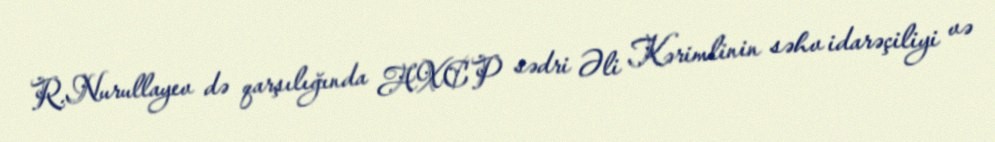
R.Nurullayev də qarşılığında AXCP sədri Əli Kərimlinin səhv idarəçiliyi və